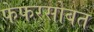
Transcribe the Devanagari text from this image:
फेफरसोबत